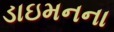
ડાઇમનના